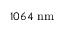
1 0 6 4 ~ \mathrm { n m }